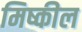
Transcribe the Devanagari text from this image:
मिष्कील